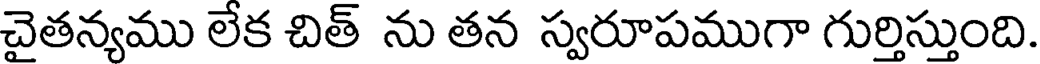
చైతన్యము లేక చిత్ ను తన స్వరూపముగా గుర్తిస్తుంది